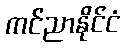
ကင်ညာနိုင်ငံ